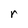
Character: r